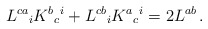
\begin{align*}L^{ca}{}_i K^{b}{}_{c}{}^i + L^{cb}{}_i K^{a}{}_{c}{}^i = 2 L^{ab}\,.\end{align*}